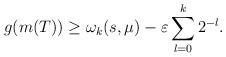
LaTeX: \begin{align*}g(m(T))\geq \omega_k(s,\mu)-\varepsilon\sum_{l=0}^k 2^{-l}.\end{align*}